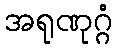
အရုဏုဂ္ဂံ